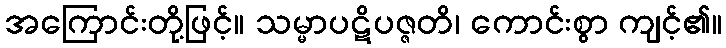
အကြောင်းတို့ဖြင့်။ သမ္မာပဋိပဇ္ဇတိ၊ ကောင်းစွာ ကျင့်၏။